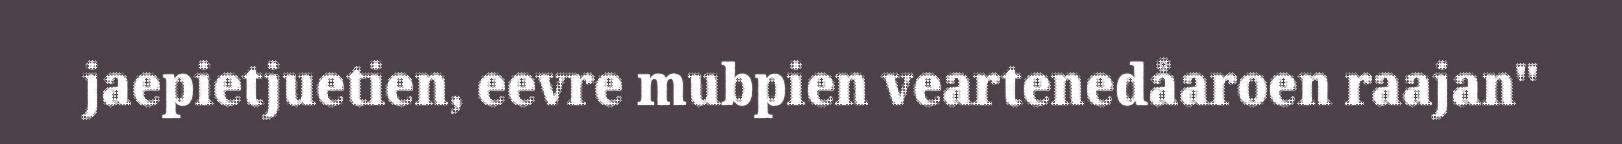
jaepietjuetien, eevre mubpien veartenedåaroen raajan"